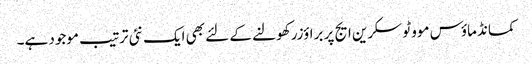
کمانڈ ماؤس موو ٹو سکرین ایج پر براؤزر کھولنے کے لئے بھی ایک نئی ترتیب موجود ہے۔